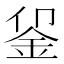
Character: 𬫅